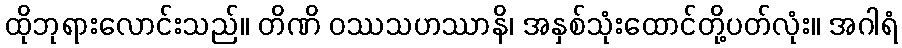
ထိုဘုရားလောင်းသည်။ တိဏိ ဝဿသဟဿာနိ၊ အနှစ်သုံးထောင်တို့ပတ်လုံး။ အဂါရံ